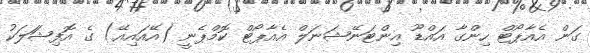
ގަން އެއާޕޯޓް ހިންގާ އައްޑޫ އިންޓަނޭޝަނަލް އެއާޕޯޓް ކޮމްޕެނީ (އޭއައިއޭ) ގެ އޮފިޝަަލަކު